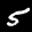
Label: 5